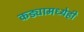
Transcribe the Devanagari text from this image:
कड्यामध्येही